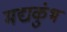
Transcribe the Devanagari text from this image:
मद्यकुंभ